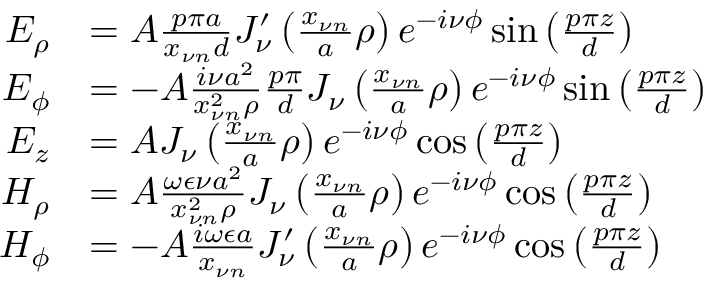
\begin{array} { r l } { E _ { \rho } } & { = A \frac { p \pi a } { x _ { \nu n } d } J _ { \nu } ^ { \prime } \left( \frac { x _ { \nu n } } { a } \rho \right) e ^ { - i \nu \phi } \sin \left( \frac { p \pi z } { d } \right) } \\ { E _ { \phi } } & { = - A \frac { i \nu a ^ { 2 } } { x _ { \nu n } ^ { 2 } \rho } \frac { p \pi } { d } J _ { \nu } \left( \frac { x _ { \nu n } } { a } \rho \right) e ^ { - i \nu \phi } \sin \left( \frac { p \pi z } { d } \right) } \\ { E _ { z } } & { = A J _ { \nu } \left( \frac { x _ { \nu n } } { a } \rho \right) e ^ { - i \nu \phi } \cos \left( \frac { p \pi z } { d } \right) } \\ { H _ { \rho } } & { = A \frac { \omega \epsilon \nu a ^ { 2 } } { x _ { \nu n } ^ { 2 } \rho } J _ { \nu } \left( \frac { x _ { \nu n } } { a } \rho \right) e ^ { - i \nu \phi } \cos \left( \frac { p \pi z } { d } \right) } \\ { H _ { \phi } } & { = - A \frac { i \omega \epsilon a } { x _ { \nu n } } J _ { \nu } ^ { \prime } \left( \frac { x _ { \nu n } } { a } \rho \right) e ^ { - i \nu \phi } \cos \left( \frac { p \pi z } { d } \right) } \end{array}